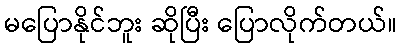
မပြောနိုင်ဘူး ဆိုပြီး ပြောလိုက်တယ်။